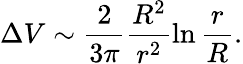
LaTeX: \Delta V\sim\frac{2}{3\pi}\frac{R^{2}}{r^{2}}\ln\frac{r}{R}.